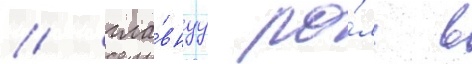
/ гла́внуу ро́ль в